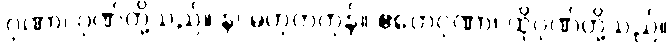
ဂုဏာ၊ ဂုဏ်တို့သည်။ န၊ မဟုတ်ကုန်။ ဧတေဂုဏာ၊ ထိုဂုဏ်တို့သည်။